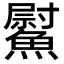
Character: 𩻍